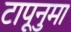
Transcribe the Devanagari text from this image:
टापूनुमा